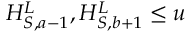
H _ { S , a - 1 } ^ { L } , H _ { S , b + 1 } ^ { L } \leq u